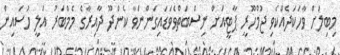
މިބިލަށް ވާހަކަދެއްކެވި ޖުމްހޫރީ ޕާޓީއަށް ނިސްބަތްވެވަޑައިގަންނަވާ ކެންދޫ ދާއިރާގެ މެމްބަރު އަލީ ހުސައިން